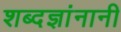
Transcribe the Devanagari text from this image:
शब्दज्ञांनानी